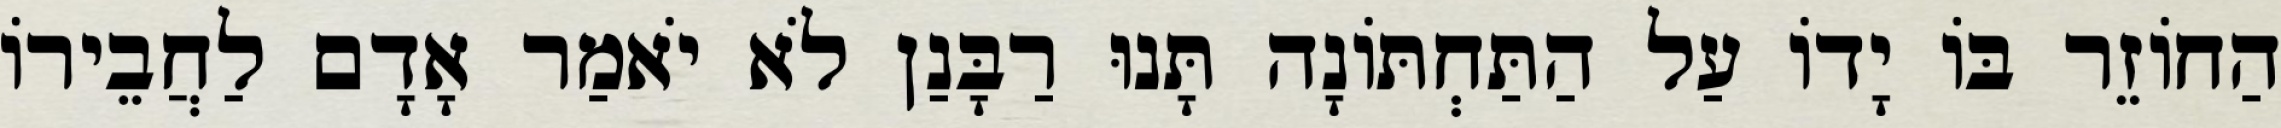
הַחוֹזֵר בּוֹ יָדוֹ עַל הַתַּחְתּוֹנָה תָּנוּ רַבָּנַן לֹא יֹאמַר אָדָם לַחֲבֵירוֹ